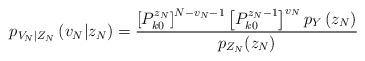
LaTeX: \begin{align*}p_{V_{N}|Z_{N}}\left(v_{N}|z_{N}\right)=\frac{\left[P_{k0}^{z_{N}}\right]^{N-v_{N}-1}\left[P_{k0}^{z_{N}-1}\right]^{v_{N}}p_{Y}\left(z_{N}\right)}{p_{Z_{N}}(z_{N})}\end{align*}